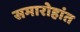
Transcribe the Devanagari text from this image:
समारोहांत